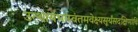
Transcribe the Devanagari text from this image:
उत्थायभास्वंतमवेक्ष्यसूर्यंसदक्षिणांवि